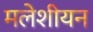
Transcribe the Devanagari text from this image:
मलेशीयन